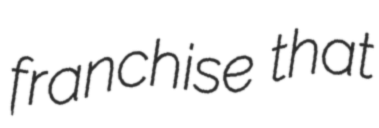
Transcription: franchise that